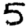
Digit: 5